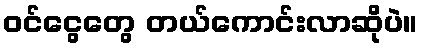
ဝင်ငွေတွေ တယ်ကောင်းလာဆိုပဲ။